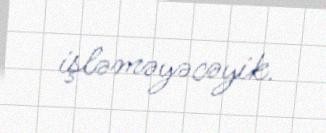
işləməyəcəyik.